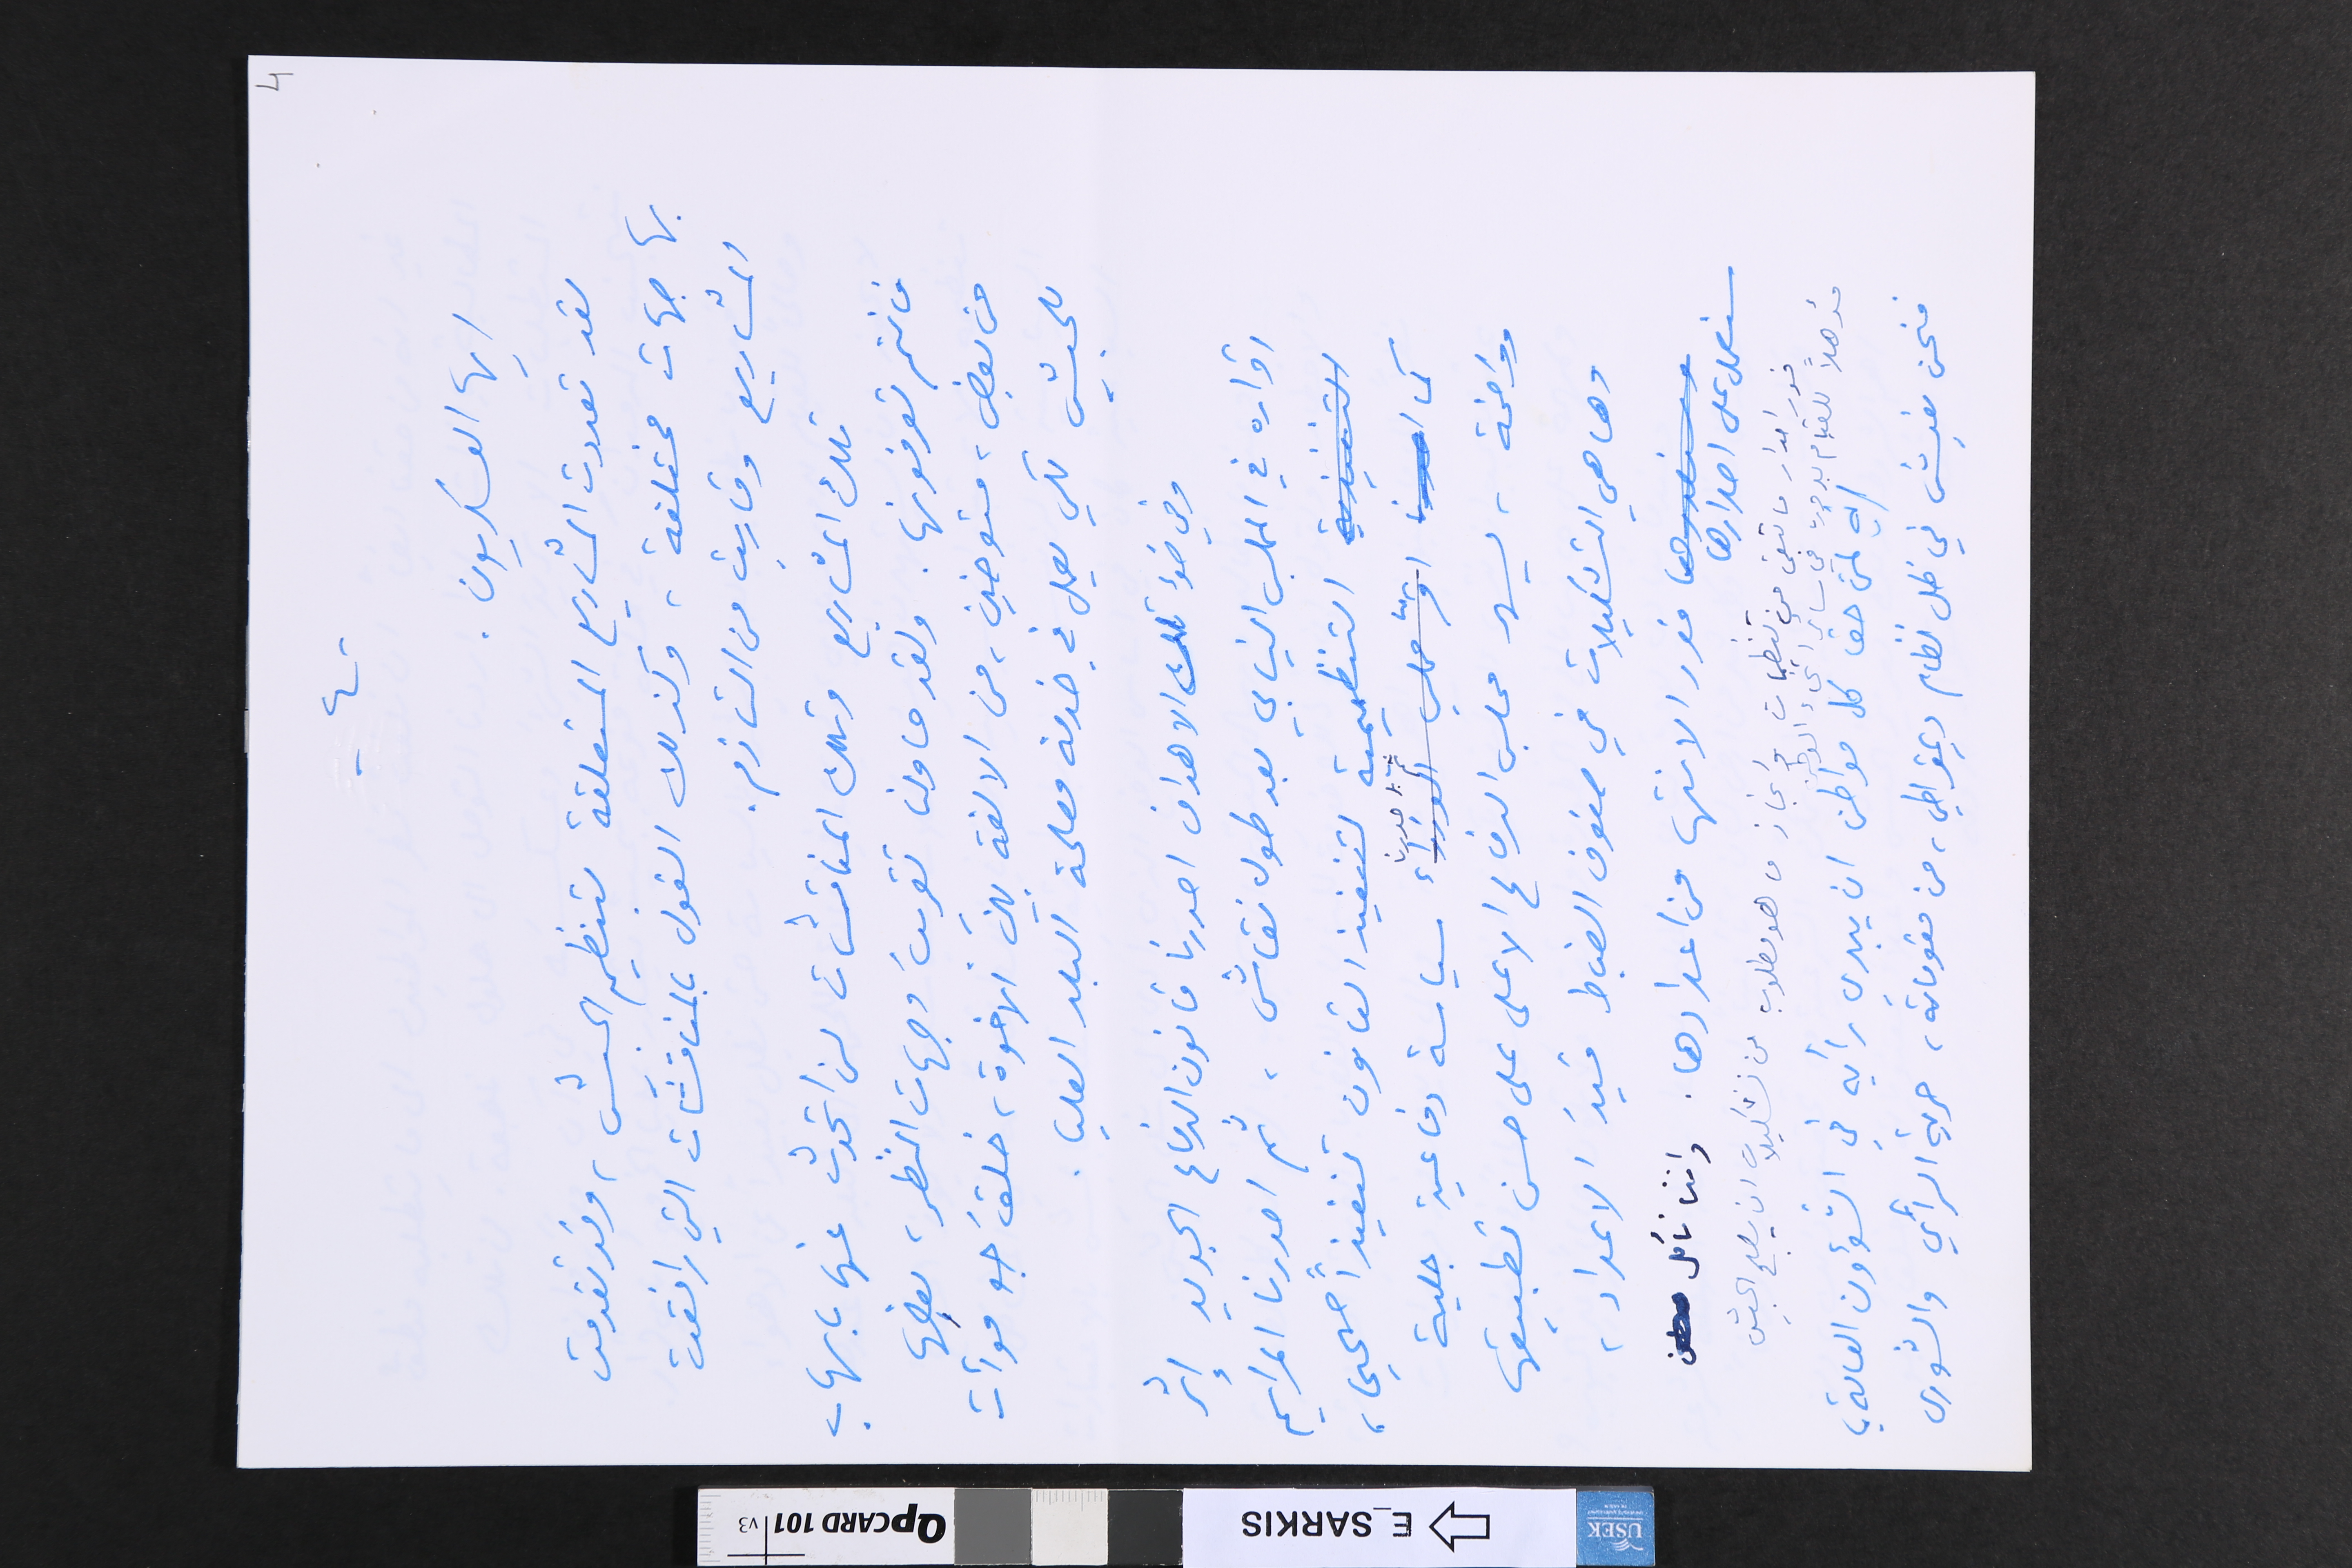
-٤-                                                      4
ايها العسكريون
لقد تعددت المشاريع المتعلقة بتنظيم الجيش، وقد تقدمت
بها جهات مختلفة وكذلك القول بالمناقشات التي رافقت
المشاريع وقاربت من التازم.
تلك المشاريع وتلك المناقشات لن اتحدث عنها باسهاب
فانتم تعرفونها. ولقد حاولنا تقريبَ وجهات النظر، بعضها
من بعض، متوخين، من الالفة بين ألاخوة، خلقَ جو موأت
للجيش لكي يعمل في خدمة مصلحة البلد العليا.
وفي ضوء تلك الاهداف اصدرنا قانون الدفاع الجديد إثر
اقراره في المجلس النيابي بعد طول نقاش، ثم اصدرنا المراسيم
التنظيمية لتنفيذ القانون تنفيذاً صحيحا،
ثم اصدرنا سياسة دفاعية جلية
وواضحة، يسهر مجلس الدفاع الاعلى على حسن تطبيقها
وها هي التشكيلات في صفوف الضباط قيدَ الاعداد،
سنعمل على اصدارها فور الانتها من اعدادها. واننا نأمل
فور اصدار ما تبقى من تنظيمات وانجاز ما هو مطلوب من تشكيلات ان يصبح الجيش
مؤهلاً للقيام بدوره في سائر انحاء الوطن.
انه لمن حق كل مواطن ان يبدي رأيه في الشؤون العامة ؛
فنحن نعيش في ظل نظام ديمقراطي، من مقوماته، حرية الرأي والشورى